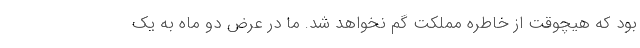
بود که هیچوقت از خاطره مملکت گم نخواهد شد. ما در عرض دو ماه به یک